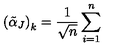
\left( \tilde { \alpha } _ { J } \right) _ { k } = \frac { 1 } { \sqrt { n } } \sum _ { i = 1 } ^ { n }